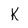
Character: K